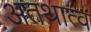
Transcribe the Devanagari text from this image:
अतथात्व